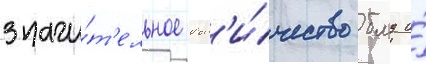
значи́т'ельное кол'и́чество бмд и́